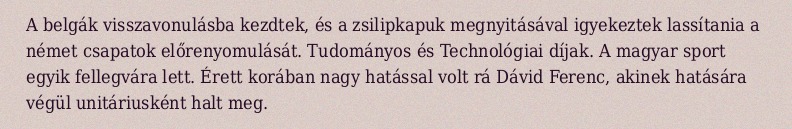
A belgák visszavonulásba kezdtek, és a zsilipkapuk megnyitásával igyekeztek lassítania a német csapatok előrenyomulását. Tudományos és Technológiai díjak. A magyar sport egyik fellegvára lett. Érett korában nagy hatással volt rá Dávid Ferenc, akinek hatására végül unitáriusként halt meg.